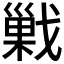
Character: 𰒱